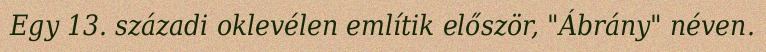
Egy 13. századi oklevélen említik először, "Ábrány" néven.